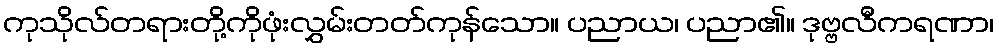
ကုသိုလ်တရားတို့ကိုဖုံးလွှမ်းတတ်ကုန်သော။ ပညာယ၊ ပညာ၏။ ဒုဗ္ဗလီကရဏာ၊